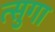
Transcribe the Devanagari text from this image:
त्सुगा